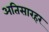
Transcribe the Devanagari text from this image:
अतिसारहर